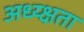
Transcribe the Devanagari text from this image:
अध्य्क्षता